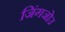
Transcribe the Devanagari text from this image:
जिंगजोउ